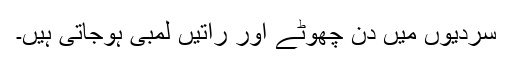
سردیوں میں دن چھوٹے اور راتیں لمبی ہوجاتی ہیں۔